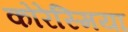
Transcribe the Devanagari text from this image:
कोरेस्मिया